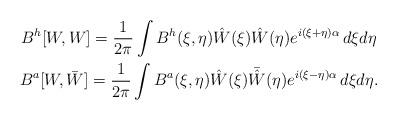
LaTeX: \begin{gather*}B^h[W,W] = \frac{1}{2\pi}\int B^h(\xi,\eta)\hat W(\xi)\hat W(\eta) e^{i(\xi+\eta)\alpha}\,d\xi d\eta\\B^a[W,\bar W] = \frac{1}{2\pi}\int B^a(\xi,\eta)\hat W(\xi)\bar{\hat W}(\eta) e^{i(\xi-\eta)\alpha}\,d\xi d\eta.\end{gather*}